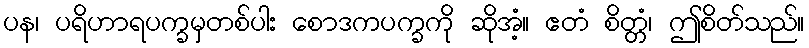
ပန၊ ပရိဟာရပက္ခမှတစ်ပါး စောဒကပက္ခကို ဆိုအံ့။ ဧတံ စိတ္တံ၊ ဤစိတ်သည်။